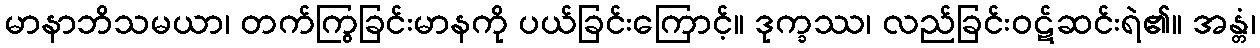
မာနာဘိသမယာ၊ တက်ကြွခြင်းမာနကို ပယ်ခြင်းကြောင့်။ ဒုက္ခဿ၊ လည်ခြင်းဝဋ်ဆင်းရဲ၏။ အန္တံ၊